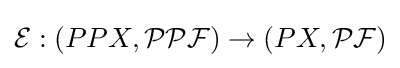
{\mathcal {E}}:(PPX,{\mathcal {PPF}})\to (PX,{\mathcal {PF}})